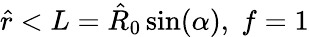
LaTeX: \hat{r}<L=\hat{R}_{0}\sin(\alpha),\; f=1